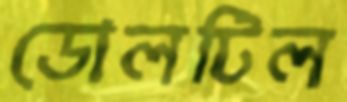
ডোলটিল